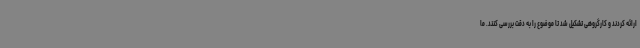
ارائه کردند و کارگروهی تشکیل شد تا موضوع را به دقت بررسی کنند. ما